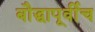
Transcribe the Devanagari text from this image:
बौद्धापूर्वीच